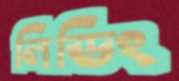
লিডিং